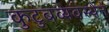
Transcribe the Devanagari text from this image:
कुटुंबव्यवस्थेने